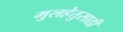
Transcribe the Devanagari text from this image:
मुलहेतुसाठी